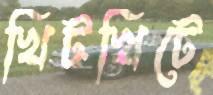
খিটখিটে